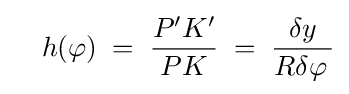
\quad h(\varphi )\;=\;{\frac {P'K'}{PK}}\;=\;{\frac {\delta y}{R\delta \varphi \,}}